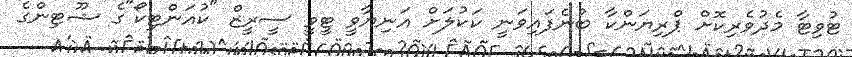
ޓުވިޓާ މެދުވެރިކޮށް ޕްރިޔަންކާ ބުނެފައިވަނީ ކަކުލަށް އަނިޔާވީ ޓީވީ ސީރީޒް "ކުއަންޓިކޯ"ގެ ޝޫޓިންގެ